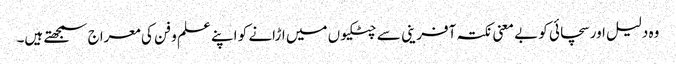
وہ دلیل اور سچائی کو بے معنی نکتہ آفرینی سے چٹکیوں میں اڑانے کو اپنے علم و فن کی معراج سمجھتے ہیں۔